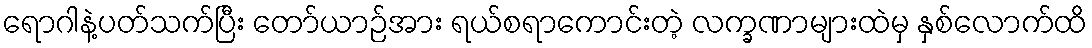
ရောဂါနဲ့ပတ်သက်ပြီး တော်ယာဉ်အား ရယ်စရာကောင်းတဲ့ လက္ခဏာများထဲမှ နှစ်လောက်ထိ